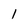
Character: 1